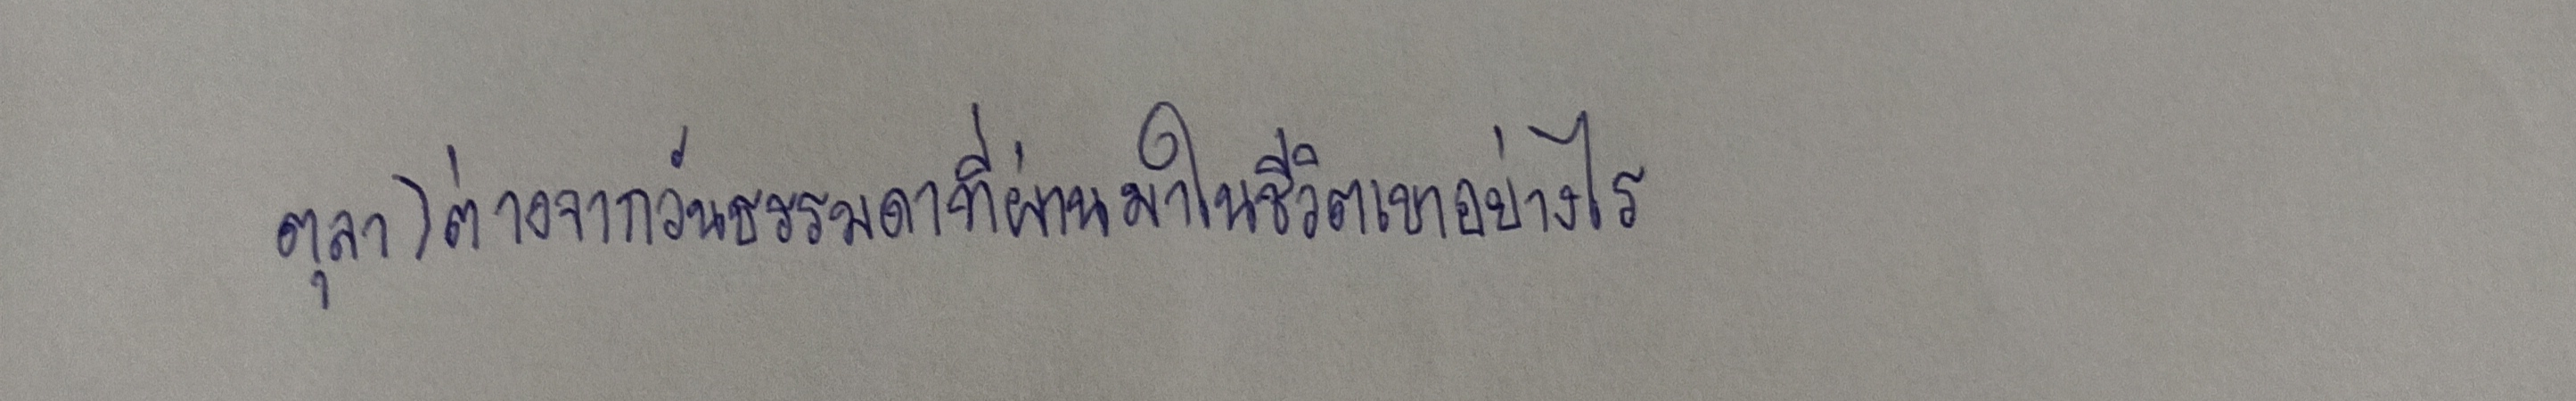
ตุลา)ต่างจากวันธรรมดาที่ผ่านมาในชีวิตเขาอย่างไร